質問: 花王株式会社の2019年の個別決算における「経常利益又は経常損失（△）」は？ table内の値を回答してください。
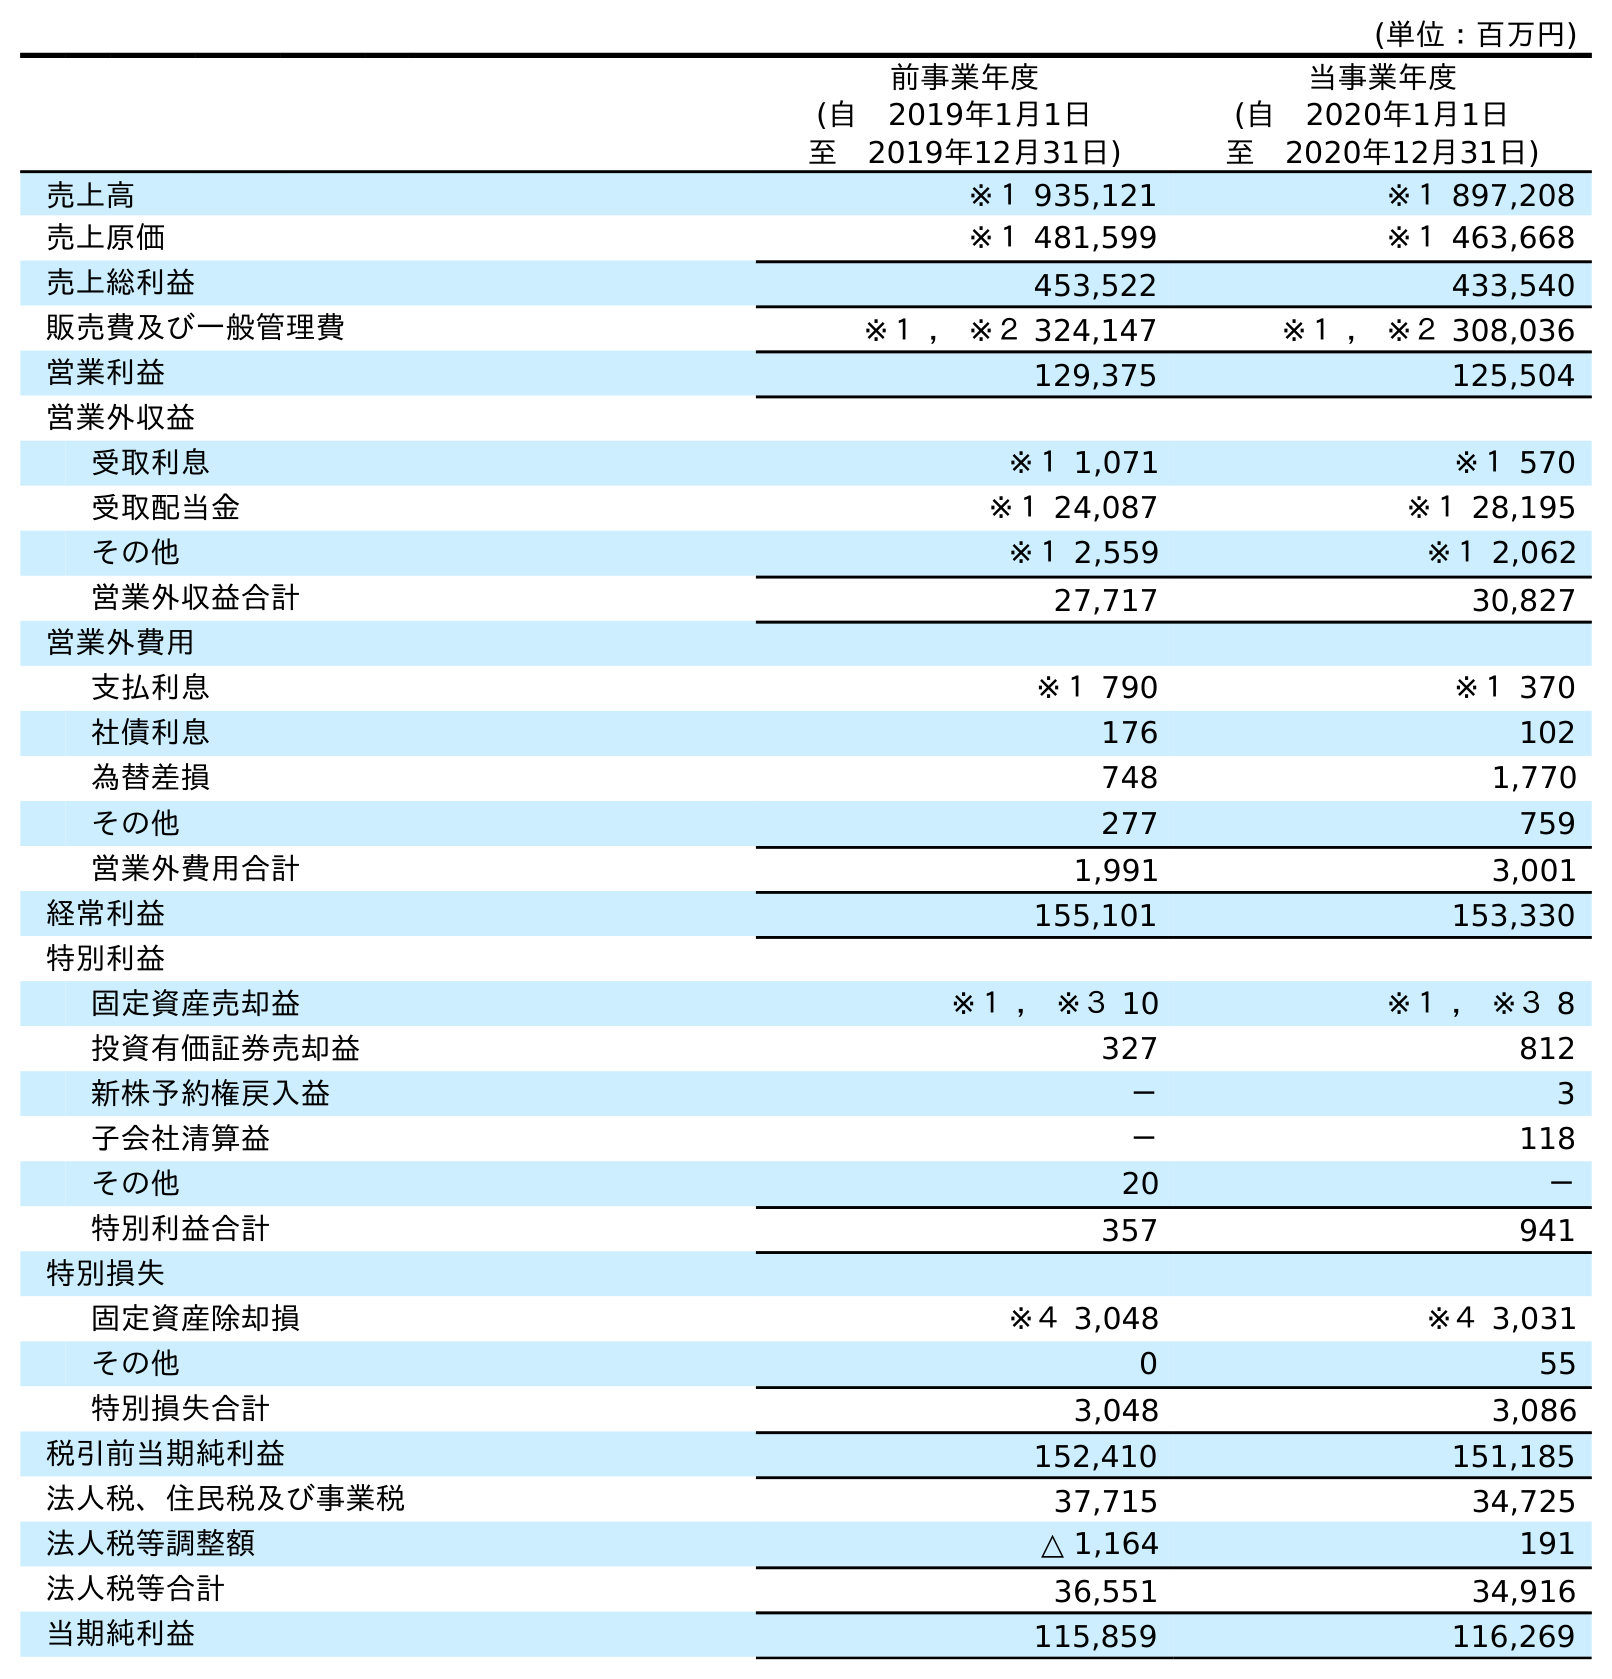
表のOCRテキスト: (単位：百万円) 前事業年度 (自 2019年1月1日 至 2019年12月31日) 当事業年度 (自 2020年1月1日 至 2020年12月31日) 売上高 ※１ 935,121 ※１ 897,208 売上原価 ※１ 481,599 ※１ 463,668 売上総利益 453,522 433,540 販売費及び一般管理費 ※１ ， ※２ 324,147 ※１ ， ※２ 308,036 営業利益 129,375 125,504 営業外収益 受取利息 ※１ 1,071 ※１ 570 受取配当金 ※１ 24,087 ※１ 28,195 その他 ※１ 2,559 ※１ 2,062 営業外収益合計 27,717 30,827 営業外費用 支払利息 ※１ 790 ※１ 370 社債利息 176 102 為替差損 748 1,770 その他 277 759 営業外費用合計 1,991 3,001 経常利益 155,101 153,330 特別利益 固定資産売却益 ※１ ， ※３ 10 ※１ ， ※３ 8 投資有価証券売却益 327 812 新株予約権戻入益 － 3 子会社清算益 － 118 その他 20 － 特別利益合計 357 941 特別損失 固定資産除却損 ※４ 3,048 ※４ 3,031 その他 0 55 特別損失合計 3,048 3,086 税引前当期純利益 152,410 151,185 法人税、住民税及び事業税 37,715 34,725 法人税等調整額 △ 1,164 191 法人税等合計 36,551 34,916 当期純利益 115,859 116,269
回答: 155,101